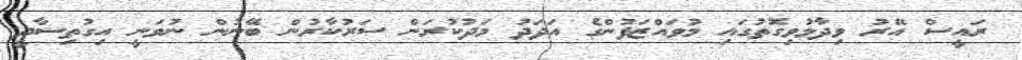
ރައީސް އޭރު ވިދާޅުވިގޮތުގައި މުވައްޒަފުންގެ އަދަދު މަދުކުރަން ސަރުކާރުން ބޭނުން ނުވަނީ އިގުތިސާދީ